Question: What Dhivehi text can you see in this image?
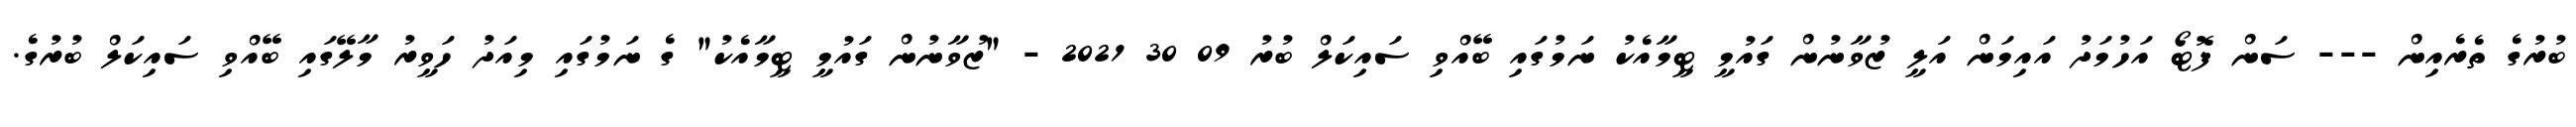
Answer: ބުރުގެ ތެރެއިން --- ސަން ފޮޓޯ އަހުމަދު އައިމަން އަލީ ޒުވާނުން ގައުމީ ޓީމާއެކު ނަމުގައި ބޭއްވި ސައިކަލް ބުރު 09 30 2021 - "ޒުވާނުން ގައުމީ ޓީމާއެކު" ގެ ނަމުގައި މިއަދު ހަވީރު މާލޭގައި ބޭއްވި ސައިކަލް ބުރުގެ.